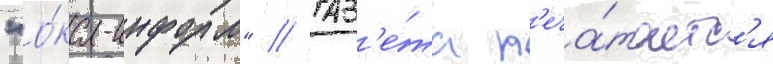
"о́ка-информ" // Газ'е́та п'еча́таетс'я